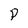
Character: P